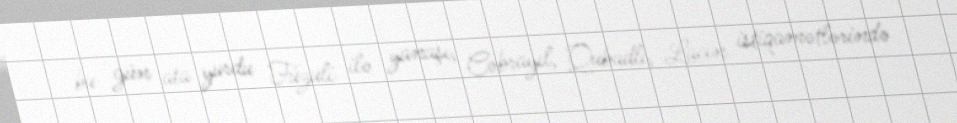
bu gün ata yurdu Füzuli ilə yanaşı, Cəbrayıl, Qubadlı, Laçın istiqamətlərində